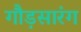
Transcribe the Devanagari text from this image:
गौड़सारंग